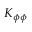
K _ { \phi \phi }